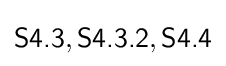
{\textsf {S4.3}},{\textsf {S4.3.2}},{\textsf {S4.4}}